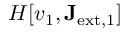
H [ v _ { 1 } , \mathbf { J } _ { \mathrm { e x t , 1 } } ]